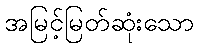
အမြင့်မြတ်ဆုံးသော